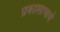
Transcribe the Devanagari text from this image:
प्रकाशाचार्य